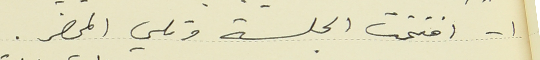
١ - افتتحت الجلسة وتلي المحضر.